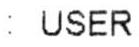
: USER